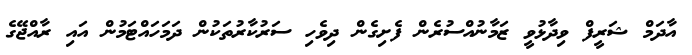
އާދަމް ޝަރީފް ވިދާޅުވީ ޒަމާނުއްސުރެން ފެށިގެން ދިވެހި ސަރުކާރުތަކުން ދަމަހައްޓަމުން އައި ރާއްޖޭގެ